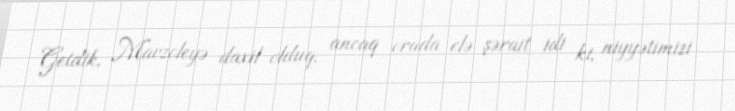
Getdik, Mavzoleyə daxil olduq, ancaq orada elə şərait idi ki, niyyətimizi